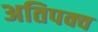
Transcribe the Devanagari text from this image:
अतिपक्व